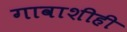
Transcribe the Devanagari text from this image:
गावाशीही